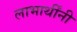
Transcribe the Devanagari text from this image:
लाभार्थींनी